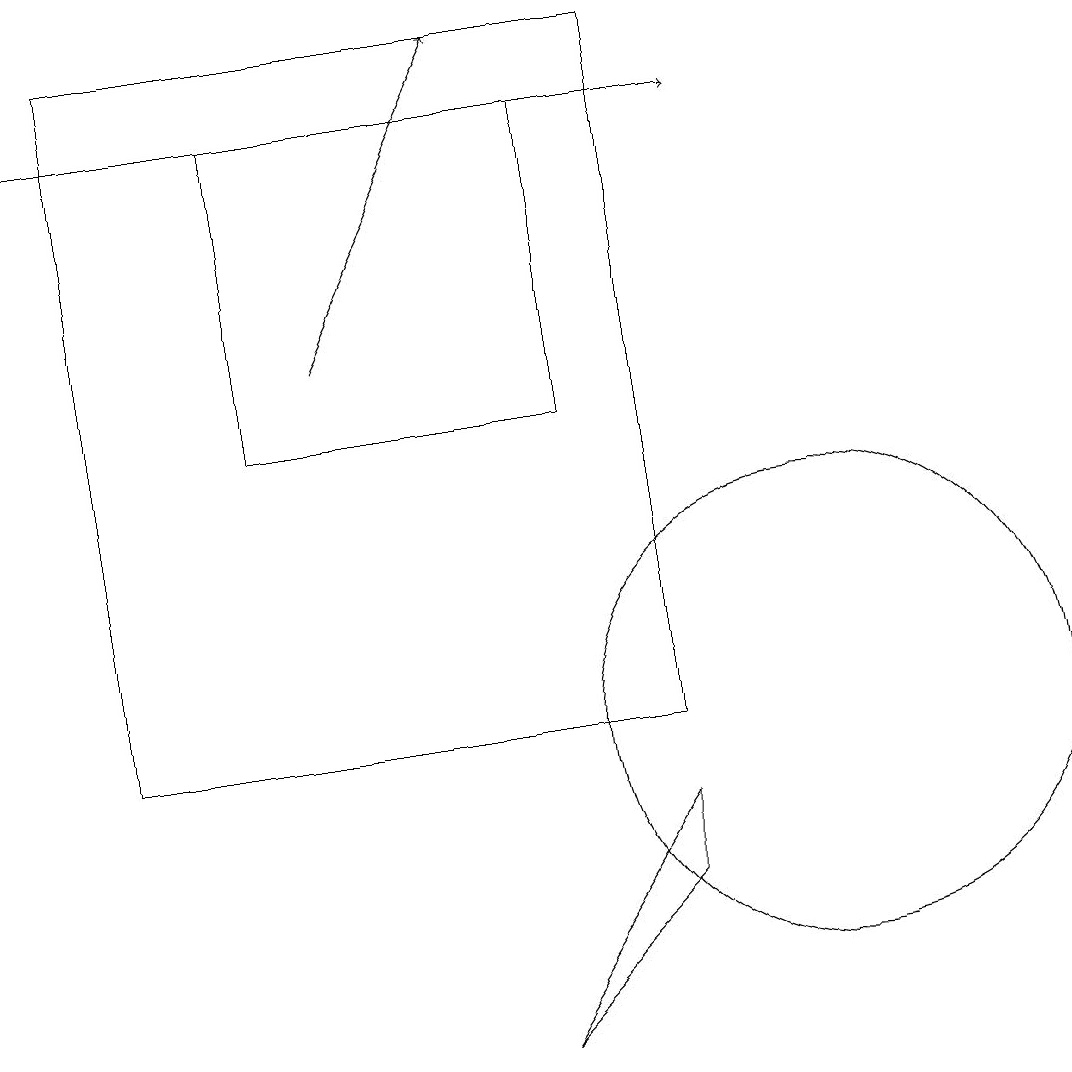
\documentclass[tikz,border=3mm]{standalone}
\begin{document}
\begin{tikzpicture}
\draw (8,9) -- (6,6) -- (8,8) -- cycle;
\draw (10,10) circle (3);
\draw (3,14) rectangle (7,18);
\draw[->] (0,18) -- (9,18);
\draw (1,19) rectangle (8,10);
\draw[->] (4,15) -- (6,19);
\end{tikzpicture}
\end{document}